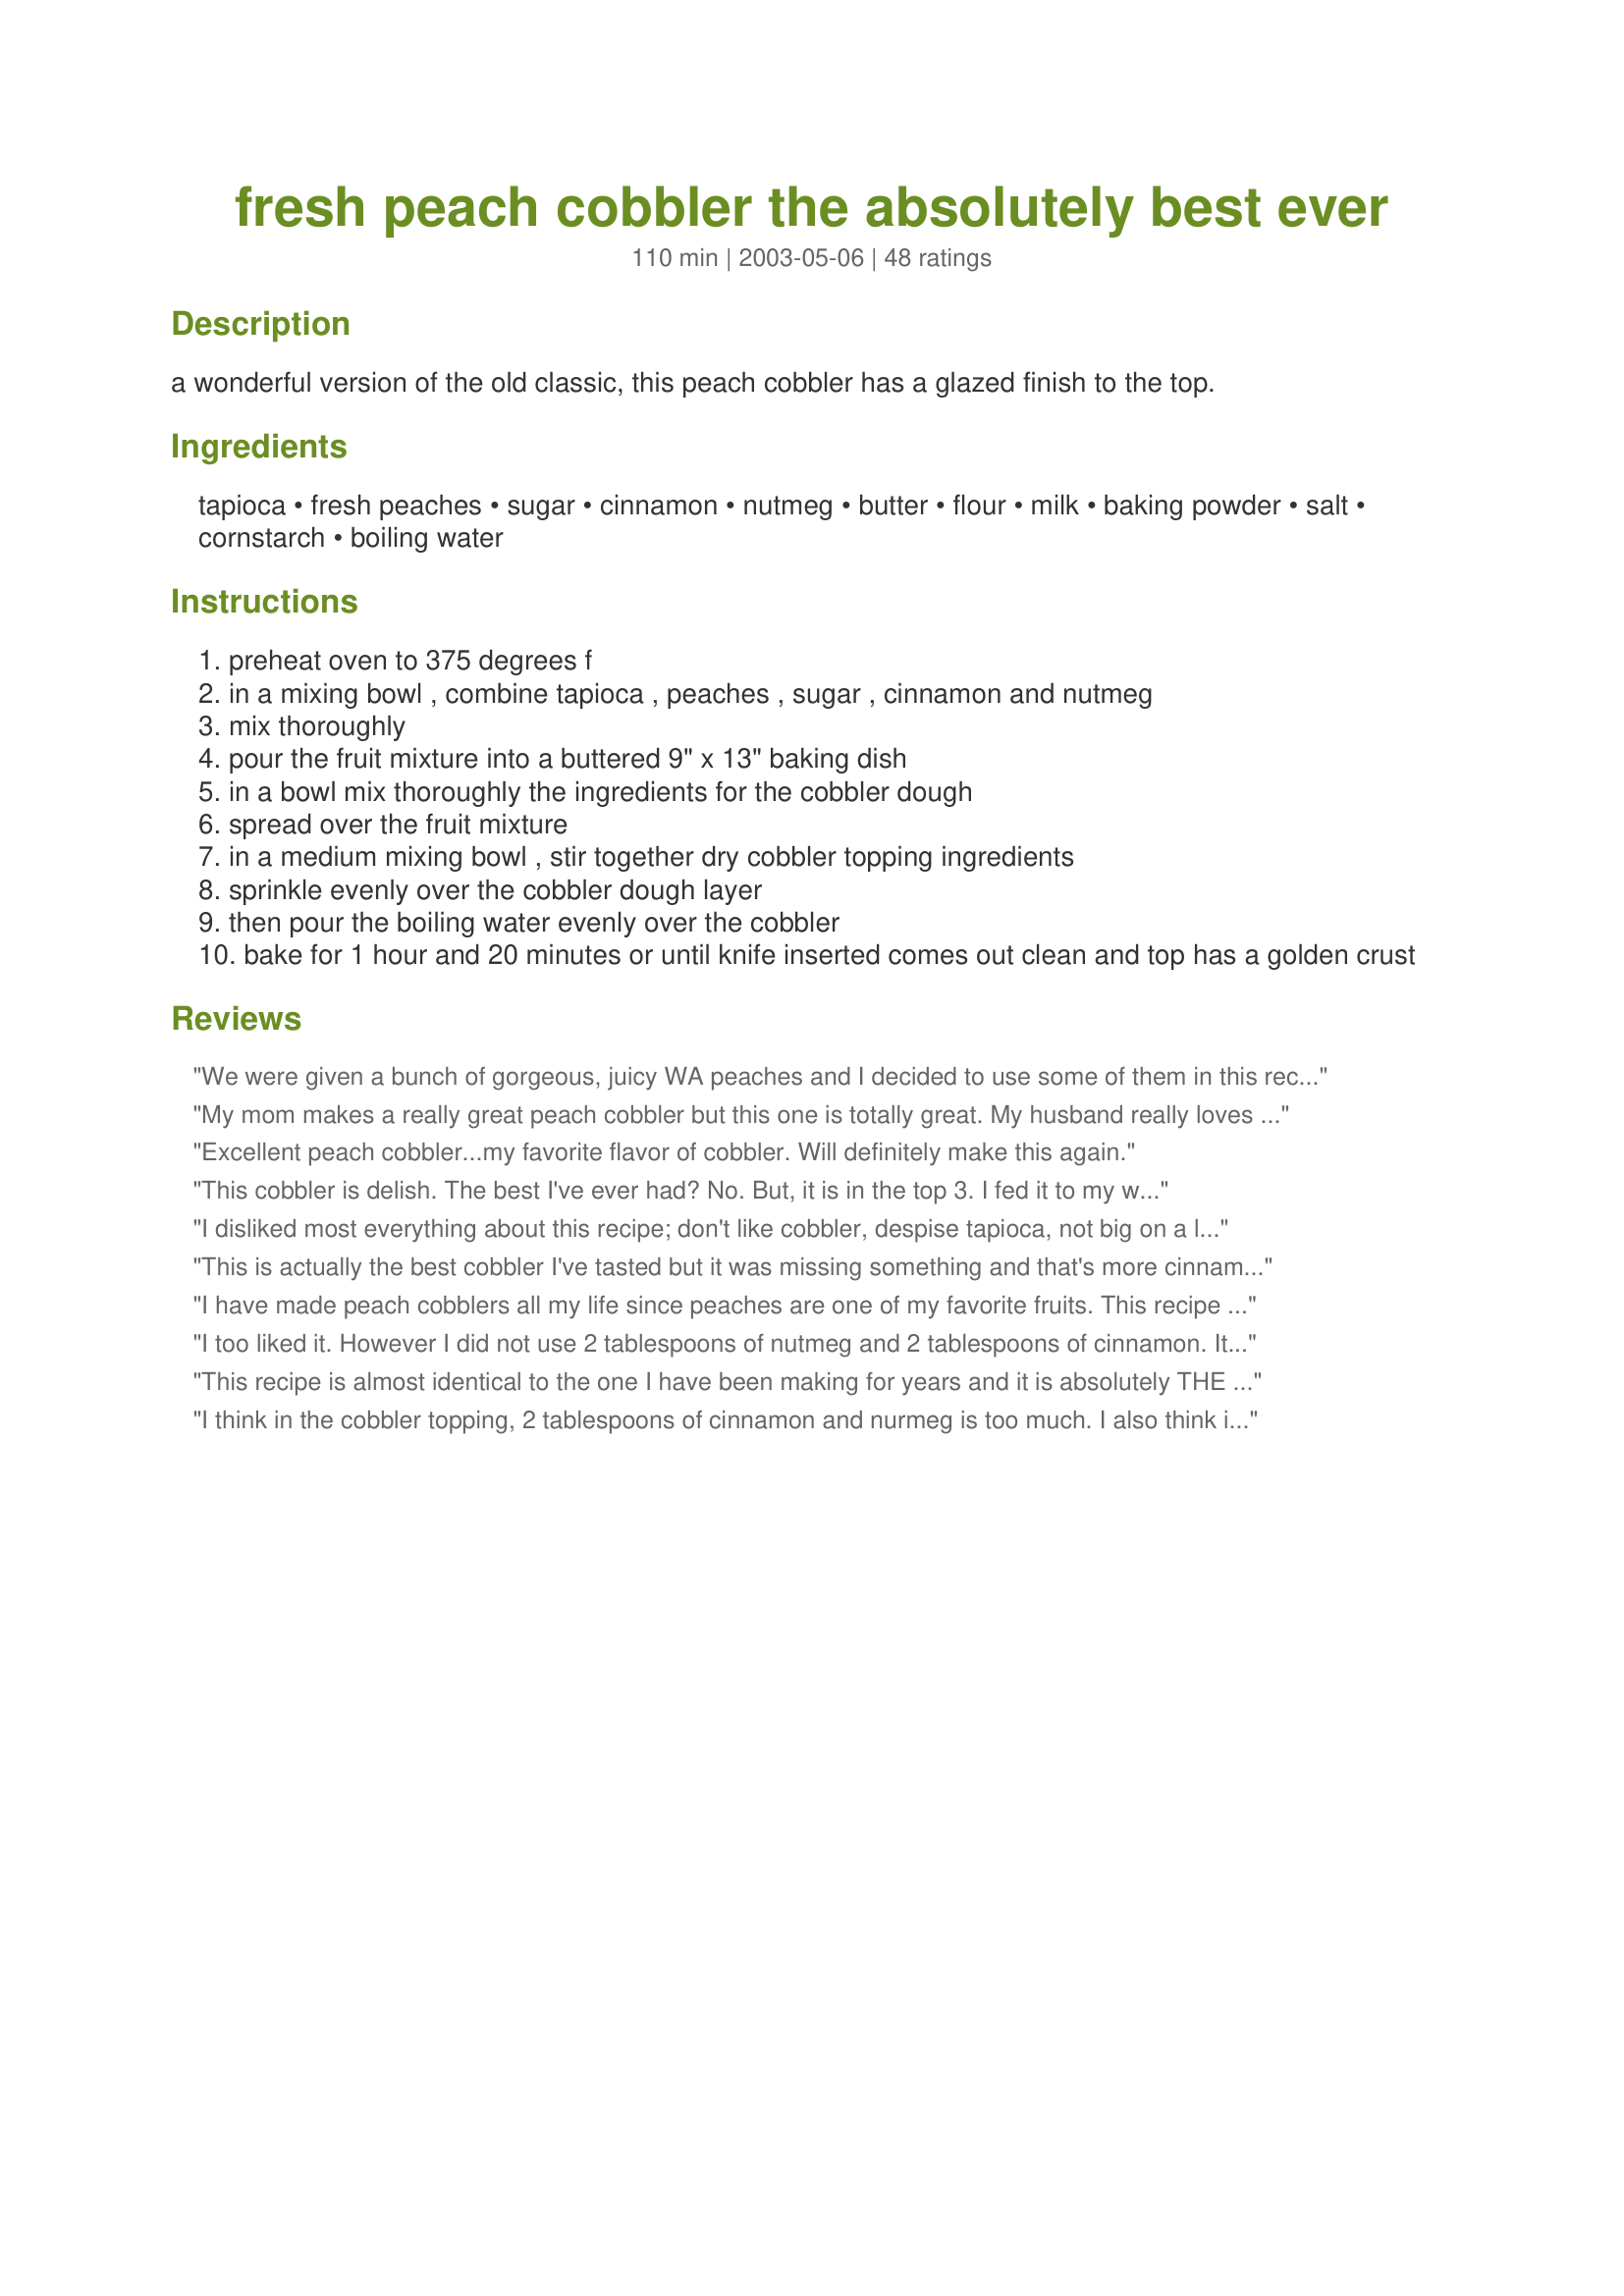
fresh peach cobbler the absolutely best ever
Preparation time: 110 minutes

a wonderful version of the old classic, this peach cobbler has a glazed finish to the top.

Ingredients:
tapioca, fresh peaches, sugar, cinnamon, nutmeg, butter, flour, milk, baking powder, salt, cornstarch, boiling water

Steps:
preheat oven to 375 degrees f
in a mixing bowl , combine tapioca , peaches , sugar , cinnamon and nutmeg
mix thoroughly
pour the fruit mixture into a buttered 9" x 13" baking dish
in a bowl mix thoroughly the ingredients for the cobbler dough
spread over the fruit mixture
in a medium mixing bowl , stir together dry cobbler topping ingredients
sprinkle evenly over the cobbler dough layer
then pour the boiling water evenly over the cobbler
bake for 1 hour and 20 minutes or until knife inserted comes out clean and top has a golden crust

Reviews:
We were given a bunch of gorgeous, juicy WA peaches and I decided to use some of them in this recipe. I halved the recipe and used an 11X7X2 pan hoping that might help with any possible running over that was mentioned, I also put a sheet of foil underneath, just in case. It turned out not to be needed - nothing ran over. I made the recipe "as is" except added a touch of almond extract to the peaches and only baked for 1 hours. Great recipe! My only tweek that I will do next time is to add a little less tapioca because my cobbler had absolutely NO juice and my peaches were extra juicy and I missed having at least a little in the dish. I used instant tapioca and it cooked up just fine and wasn't even noticeable in the finished product. This is a keeper!
My mom makes a really great peach cobbler but this one is totally great. My husband really loves it especially the cake in the middle
Excellent peach cobbler...my favorite flavor of cobbler. Will definitely make this again.
This cobbler is delish. The best I've ever had? No. But, it is in the top 3. I fed it to my wife who rated it "damn good". That is high praise indeed. Made it with canned peaches. It will be sinful with fresh ones. If you love peaches, you owe it to yourself to try this one.
I disliked most everything about this recipe; don't like cobbler, despise tapioca, not big on a lot of sugar but with a name like this and a 5-star review I just had to try it. It's really, really good. The best cobbler I've ever had and no sign of tapioca. Next time I'll cut way back on the sugar. Thanks, Leta.
This is actually the best cobbler I've tasted but it was missing something and that's more cinnamon in the peaches, so 1 tablespoon of cinnamon should do good or cook it as the recipe calls it and add cinnamon or nutmeg later when your eating it to your own tasting. And also, don't leave it in the oven for too long, 1 hour and 20 minutes is ok but depending on how you want the crust, light brown or dark brown, check it to make sure you have the crust just the way you want it and check it with a fork to make sure its cook.
I have made peach cobblers all my life since peaches are one of my favorite fruits. This recipe is so much tastier and looks so yummy when I bring it to the table! My family keeps asking me to bake another one--soon!
I too liked it. However I did not use 2 tablespoons of nutmeg and 2 tablespoons of cinnamon. It was my understanding because there was no measurement amount, you just added a little. I too think it had a little too much sugar but still would give it a 5 star rating.
This recipe is almost identical to the one I have been making for years and it is absolutely THE BEST!! Very easy, and the crunchy sugar topping is SOOO good. In the 30+ years since I have been using this recipe, I have never eaten better cobbler, even at hoity-toity restaurants. I made it a few nights ago with fresh peaches, and last night I made it with store-bought frozen blackberries. I have also used canned fruit. The only difference in my recipe is that I don't use anything other than fruit in the filling. It is sort of runny when it is hot, but the cornstarch from the sugar topping helps thicken it as it cools. I'm so glad you posted this so I don't have to, and now if I lose my recipe I can get it here!
I think in the cobbler topping, 2 tablespoons of cinnamon and nurmeg is too much. I also think it bakes too long; too much sticks to the side of the pan. I think is it delicious other than these problems.
This is the best thing I&#039;ve ever made with peaches.
This is excellent cobbler, one of the best I have ever eaten. but, BE CAREFUL with the tapicoa, like stated in other reviews. I have a horrible mess in my oven... grr. But other than that... YUMM! I made it the first time with peach pie-filling (thought it was canned opps), and people loved it. I just made it with fresh peaches and strawberries, and I know they will go nuts if they loved it with the pie-filling. I recommend this recipe 100%! And, it is so easy! :-)
Is there something that can be substrate tapioca. I don't keep that on hand. Maybe cornstarch?
This cobbler was delicious and so simple to make! My husband and I both agree this recipe is a keeper! I would give it more stars if I could! I made a half recipe and did not have tapioca so I substituted with 3 T. flour. I also used less sugar with my fresh peaches because they were very sweet and juicy on their own. We had a nice amount of peachy syrup on the bottom of the pan. I had some buttermilk that I needed to use so subbed it for the milk. I added a little bit extra since it made the batter so thick. I&#039;m not sure where other reviewers got that they were supposed to use 2 tsp or tbsp. of both cinnamon and nutmeg! The recipe indicates much less and also &quot;to taste&quot;. And anyone also needs to consider that spices can be adjusted, added, or even completely removed or replaced, if you prefer something different! If something sounds like it would be too much, then add just a little, taste, and then add more if you think it needs it. I made the topping according to the half recipe and wondered if it would be too sweet. We served it with vanilla ice cream which probably helped to balance the sweetness. It was fabulous and I can&#039;t wait to try it with other fresh fruits! I used a 10&quot;x10&quot; pan, sprayed with Pam, and had no run over. Baked for 1 hour and it was perfect.
I've used this recipe for years and I have to say, it's my favorite peach cobbler recipe! I only use fresh peaches and followed the recipe exactly.
This review is not simply a review, it was a personal Holy Grail...LOL! If you want to follow the bread crumbs, it began here: http://www.recipezaar.com/bb/viewtopic.zsp?t=266936.

THIS was the recipe that held the most interest for me: I liked the addition of buttermilk as one poster suggested and I liked the use of spices, since this was my very first attempt at cobbler.

Excepting the buttermilk, I followed the recipe to the letter, and came away with a pan of Heaven! The cobbler crust was unlike anything I'd ever tried: unique in texture and oh-so-tasty! And I really appreciated the glaze; for this Northern Girl, who did NOT grow up on Peach Cobbler, I needed just a little bit more to enjoy than just sweetened dough and peaches.

I brought this to a cook out yesterday; it didn't last 30 minutes once cut! I plan on making it weekly until I am completely and utterly glutted with Peach Cobbler! What I plan on trying next time (Sorry, Purists!) is to add blueberries to the peaches and grate some fresh lemon peel into the crust and add the lemon juice to the boiling water that covers the crust. 

All in all, I highly-thoroughly endorse this recipe!
This is a great cobbler recipe. Love the crunchy topping! Like others, I modified it a bit. I doubled the cinnamon, added more fruit, added 1/4 cup lemon juice to the hot water to increase the juiciness, and I used half instant tapioca and half cornstarch to thicken. The first time I made it I used only tapioca, and there were some undissolved rock-hard bits of tapioca that I nearly broke a tooth on! I also discovered that you have to cover the entire surface with the boiling water or you'll have unappetizing dry patches. I use a spray bottle after I pour the water to make sure the topping is completely moist. With these changes, I'm really happy with this delicious recipe!
I admit it, I used canned peaches and this was still worthy of 5 stars. I've never had cobbler with a sugary crust made with this method. I liked the two different textures in the dough. I used buttermilk instead of milk and I would substitute it again because it had a wonderful flavor. Next time, I will use some of the liquid from the peaches with the tapioca because I like extra "sauce" in a cobbler. This would be good with so many different fruits...really good homestyle dessert. Thanks so much for a keeper cobbler recipe.
I tried this cobbler recipe a few weeks ago, I had a bunch of juicy fresh peaches. Very tasty. Loved the topping. <br/>Thankfully I read the reviews before I baked this. I agree that you need to cut the breading amount, unless you like doughy cobbler. I cut the amount roughly in half, I also used 3 Tbs of instant Tapioca instead of 6 Tbs that was recommended, it turned out fine. <br/>I used 7-8 cups of peaches. The next go round I am going to use more peaches and cut the breading to 1/3.<br/>This is my cobbler recipe from NOW on! :-)
The topping was FABULOUS! I cut it down by 1/3 and there was still a lot on top and it was delicious - like fluffy shortcake! I especially liked the crispy layer on top of that. What I didn't like was the tapioca balls. I thought I would be OK because I read the other reviews and reduced the amount to 3T. Unfortunately, this dessert was served when I was away from the table and I came back to hear people talking about 'bubble tea' and calling the dessert "Bubble Cobbler" (with love and good jest, of course, but still!) I was kind of embarrassed about it. I think I'll make it again and use the top part but find another recipe for the bottom. Either way, thanks for posting!
we got an abundance of peaches from farmers market and was looking for a tasty recipe to use them up. i was not dissapointed. this was delicious. should have paid more attention to other reviews. i also had a bit of a mess in my oven. next time i will use a cookie sheet to put under my dish. i mixed the water with the other topping ingredients and poured over the batter. i served this to company and all thought it was delicious. thanks!!!
This was SOOOO GOOD. Best Peach cobbler I have ever made and even my daughter that NEVER eats fruit of any kind--LOVED IT. It is soooo good. I had cut it in half and cooked it in the toaster oven =) YUMMY
I did not care for this recipe - too much bread - not juicy.
We all agree that this is the best peach cobbler ever! I think I will use a lasagne pan next time, because I want to add more peaches. I used 8 peaches, but I didn't measure how many cups they came out to. Two more would be better. I think I will reduced the amount of tapioca to 3TB like other reviewers did. The filling baked over a little and made a mess, so a bigger pan will fix that. Thanks!<br/><br/><br/>Update: I made this again in a lasagne pan with 8 huge nectarines, and 3TB tapioca. Everything else stayed the same. It still slightly bubbled out of the pan in the oven, but nothing too bad. This time the fruit was saucy and the cobbler part was the right thickness. It was very well received. The extra sugar/cornstarch mixture really makes this cobbler unique. It is a ton of sugar in this cobbler, but the end result is worth it! No one said it was too sweet or a sugar overload either. The pan was emptied!
Made this recipe over the weekend. It is the best cobbler so far... I've been baking for 15 years....
I did use brown sugar in the topping. 1/4 cup. Also I cut way back on the sugar - I used a total of 1 cup! I used all farm fresh ingredients. Also, I used whole wheat flour in the cobbler dough.
I have been searching for a good southern Peach cobbler recipe. Sadly, this is not it. There are two problems, the tapioca and the dough.

The tapioca doesn't melt or disintegrate during cooking, so you are left with the little white Tapioca balls throughout the filling which just doesn't look appetizing. But more importantly, the dough is just too...doughy. It ends up turning into a cake like topping that overpowers the filling. If you turn it over and put it on a plate so the filling is on top, you'll see that it looks more like a "shortcake" type recipe, a la strawberry shortcake. The peaches really bake into the dough which is fine, but not very much like a southern peach cobbler. The dough/topping should be much thinner so as not to over power the fillings, but not so thin as to be more like a pie crust. It should be someplace between the two. This is not it. Sorry. it's a good recipe for a general peach flavored cake dessert but not a cobbler.
I'm giving this 4-stars because I used canned peaches (2 29 oz cans). I would bet money it's a 5-star recipe with fresh! I will make this again when they're in season. My family thought it was delicious served with vanilla bean ice cream. Thanks for the great recipe!
I made using canned peaches. Recipe does not say to drain the peaches or not. I did but saved the juice. After I stirred it up I added 1 cup of the juice back because it was too dry looking. Next time I will not drain the canned peaches. I added 1 t peach extract also. Thanksgiving raves when served with heavy pouring cream. A winning recipe. I would like more peaches but the 9x13 would run over!
I'm going to make this tonight. I have been looking for this recipe for years. A lady at church would make this and it was to die for. She wouldn't give out the recipe but would make you some. It has been so hard to find a recipe that calls for tapioca. I hope it's as good as I remember.
I really loved this peach cobbler. I screwed up the crust dough and it was watery, but I ended up with a lovely crust on the bottom o f my peaches. Because thedough was too liquidy, I omitted the glaze. I'll try to figure out where I went wrong, but the result was fabulous anyway.
This is amazingly delicious! It was a leap of faith for me to make it because pouring the boiling water over the dry ingredients just didn't make sense to me. But the topping was delicious, and the tapioca (I used Minute Tapioca) thickened the fruit filling smoothly and perfectly. Our peach tree had a bounty of peaches this year, and I have a freezer full. So this will get made again!
OK, but I did not add topping on top of the dough. That was another cup of sugar that's definitely not needed here. Also, it would've never fit the pan.....bubbled over as it was. I mixed in some fresh strawberries maserated in about 1/8 c. sugar with filling. While it's an OK dessert, it's not a cobbler at all. I did like the tapioca touch, not sure it added anything other than a thickener. The dough topping overwhelms any peachiness, I used 2 lrg cans, mostly drained, and topping was 2 to 1 on thickness. Might use the filling part again, but definitely not the top parts. Too much sugar, possible cleanup nightmare w/o a cookie sheet under it as it is the topping that expands, not the tapioca.<br/>-updated review after getting further into it
Leta, this cobbler may very well be the best I've ever eaten! Now, that's saying something because I was raised on cobbler and have been making it most of my life! I love it! This is such a simple recipe and produces excellent results. I have never used tapioca in cobbler before, but it was great! Just make sure you do not over fill your pan because the tapioca will expand and will cause a melted-down, burned on mess in the bottom of your oven ;) . Thanks for sharing this wonderful recipe with us, Leta!! I will keep this recipe handy and make every peach season!!
Halved the recipe in an 9x9 and baked for 1 hour (worked out perfectly). Used 2tbsp minute tapioca and there were no bits left after cooking, nor any juice left in the pan. I agree with the reviewer who said this was a little to "cake like" for cobbler, and would urge other cooks to go with the higher amount of fruit!. I did like the glaze on top, reminded me of those awesome hostess fried pies! However if you don't eat it right away the glaze kinda melds into the cake, so eat it up! (There's your excuse!). Very good recipe, just not what I had in mind for cobbler.
I made this last night. To die for...which I am eating it now after micro it for 20 seconds. Next time, which will be in a few minutes for a friend, I will only use 1 cup of sugar in the topping. I used (2) 29oz. cans sliced peaches,heavy syrup, drained. Baked in (2) 7 1/2 x 7 1/2 inch foil pans. I raised the edges on the pans incase it rose too high. It worked out great. My husband said this is the best recipe. Thank you Leta!!!!!!!!!!
I took this to a picnic yesterday and it was a huge hit. Tasted wonderful. Served it with Lite Cool Whip. The only thing I would do differently is to cut back on the sugar. It was too sweet. I would use 1/2 cup in the fruit and 1 cup in the dough and topping. Watch carefully in your oven as it may bubble over.
The crunchy glaze topping made this delicious peach cobbler unique. Since there were four of us, and I didn't want left overs, I cut the recipe in half, and that worked beautifully in a 8 X 8 square glass pan. Thanks for sharing this great recipe, Leta.
My family and those at my church love this cobbler! I had some extra cinnamon and cut out the nutmeg...but that is personal taste. 
It is the best recipe and easy to make.
I have to agree with the rest...It is THE best peach cobbler. I used peaches that I was afraid were a little too unripe but it all turned out beautifully! Wish I had some right now!!
Loved it!!!!! I grew up with bisquick cobbler so my criteria was pretty low and this will keep me away from the bisquick version forever. It is simply heaven esp when topped with some slowly melting ice cream. Since it isn't peach season, I used (3) 29oz. cans sliced peaches,heavy syrup, drained. That's probably more than the recipe cup-wise but I think if I hadn't I'd be wanting more fruit. I actually forgot the boiling water before baking and I didn't notice anything amiss in the results so it obviously didn't hurt anything. I also reduced the amount of sugar on the top and will probably reduce more next time as my crunchy topping was still plenty. Can't wait to make this with fresh peaches, I'll have to give it 6 stars.
I made this today for about 30 people. Comments were awsome. As a person addition I put in about a cup of fresh blueberries. Yummy.
Janice
I just got do making this and I think I might get diabetes before I even eat it. I am following exact directions, although at altitude I had to adjust the sugar. More to follow.
Whenever fresh peaches are in I will make this again. It was absolutely delicious still warm with French vanilla ice cream on top. Next time I think I'll add some pecans or walnuts. Thanks so much for sharing Leta!
I've kind of been craving this cobbler since I made it the other day for a friend's party. Half of my peaches were unripe, but the cobbler turned out wonderfully anyway; I love the fact that it just has a hint of spice, so the peaches aren't overwhelmed by other flavors. The cobbler topping was delicious, with a very nice texture. The top gave me more "crunchy" than "glazed" vibes, but it was really nice. The only other thing I would add is that I assumed, from sugarpea's review, that the tapioca was undetectable; not so. My friends told me they wondered for a moment if I had put fish eggs in the cobbler! (I used small-pearl tapioca; maybe quick-cooking is more subtle?) Still, it's not a complaint; I thought the tapioca was a tasty and interesting ingredient.
This is THE perfect peach cobbler. I made this and it lasted less than two days in our house. The tapioca is what makes it, along with that dash of fresh nutmeg. My husband asked when I was going to make it again within a day or two after it was gone. And he never does that! I'm off to make another one!!
oh my goodness, this was so so good. pretty easy to put together, and very pretty when its done. makes a big pan also, so good for company. i will make it again, but i will cut back on the sugar next time, it was very very sweet. i used unsweetened whip cream on top, that helped a bit. thanks for the great taste of the South!
I did not like this at all and will not make it again. My family said it was ok, nothing special. I have too many other desserts that are far better but I thought I would try something with fresh fruit. Definitely will not make again.
My family loved this! The topping is better than the usual cobbler topping. This will become a family favorite.
